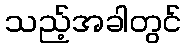
သည့်အခါတွင်